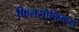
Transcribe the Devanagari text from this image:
फिलसोफिकल